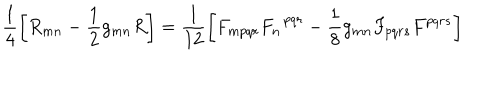
LaTeX: \frac { 1 } { 4 } \left[ R _ { m n } - \frac { 1 } { 2 } g _ { m n } R \right] = \frac { 1 } { 1 2 } \left[ F _ { m p q r } F _ { n } ^ { ~ ~ p q r } - \frac { 1 } { 8 } g _ { m n } F _ { p q r s } F ^ { p q r s } \right]